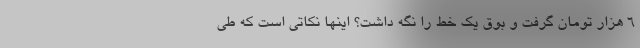
۶ هزار تومان گرفت و بوق یک خط را نگه داشت؟ اینها نکاتی است که طی